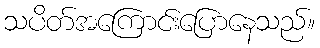
သပိတ်အကြောင်းပြောနေသည်။